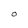
Character: O